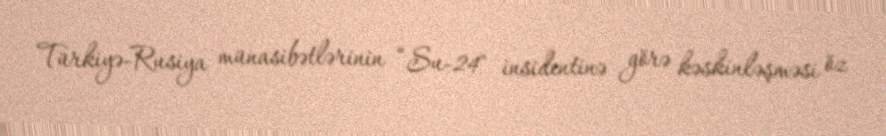
Türkiyə-Rusiya münasibətlərinin “Su-24" insidentinə görə kəskinləşməsi öz